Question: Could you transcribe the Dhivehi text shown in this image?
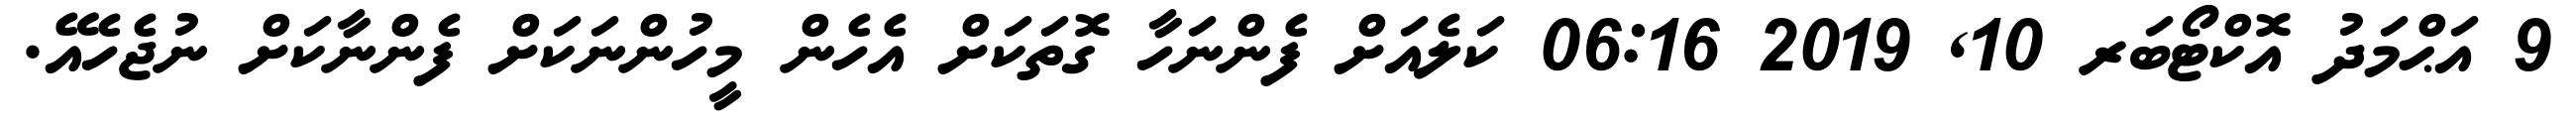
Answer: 9 އަޙްމަދު އޮކްޓޯބަރ 10, 2019 06:16 ކަލެއަށް ފެންނަހާ ގޮތަކަށް އެހެން މީހުންނަކަށް ފެންނާކަށް ނުޖެހެއޭ.